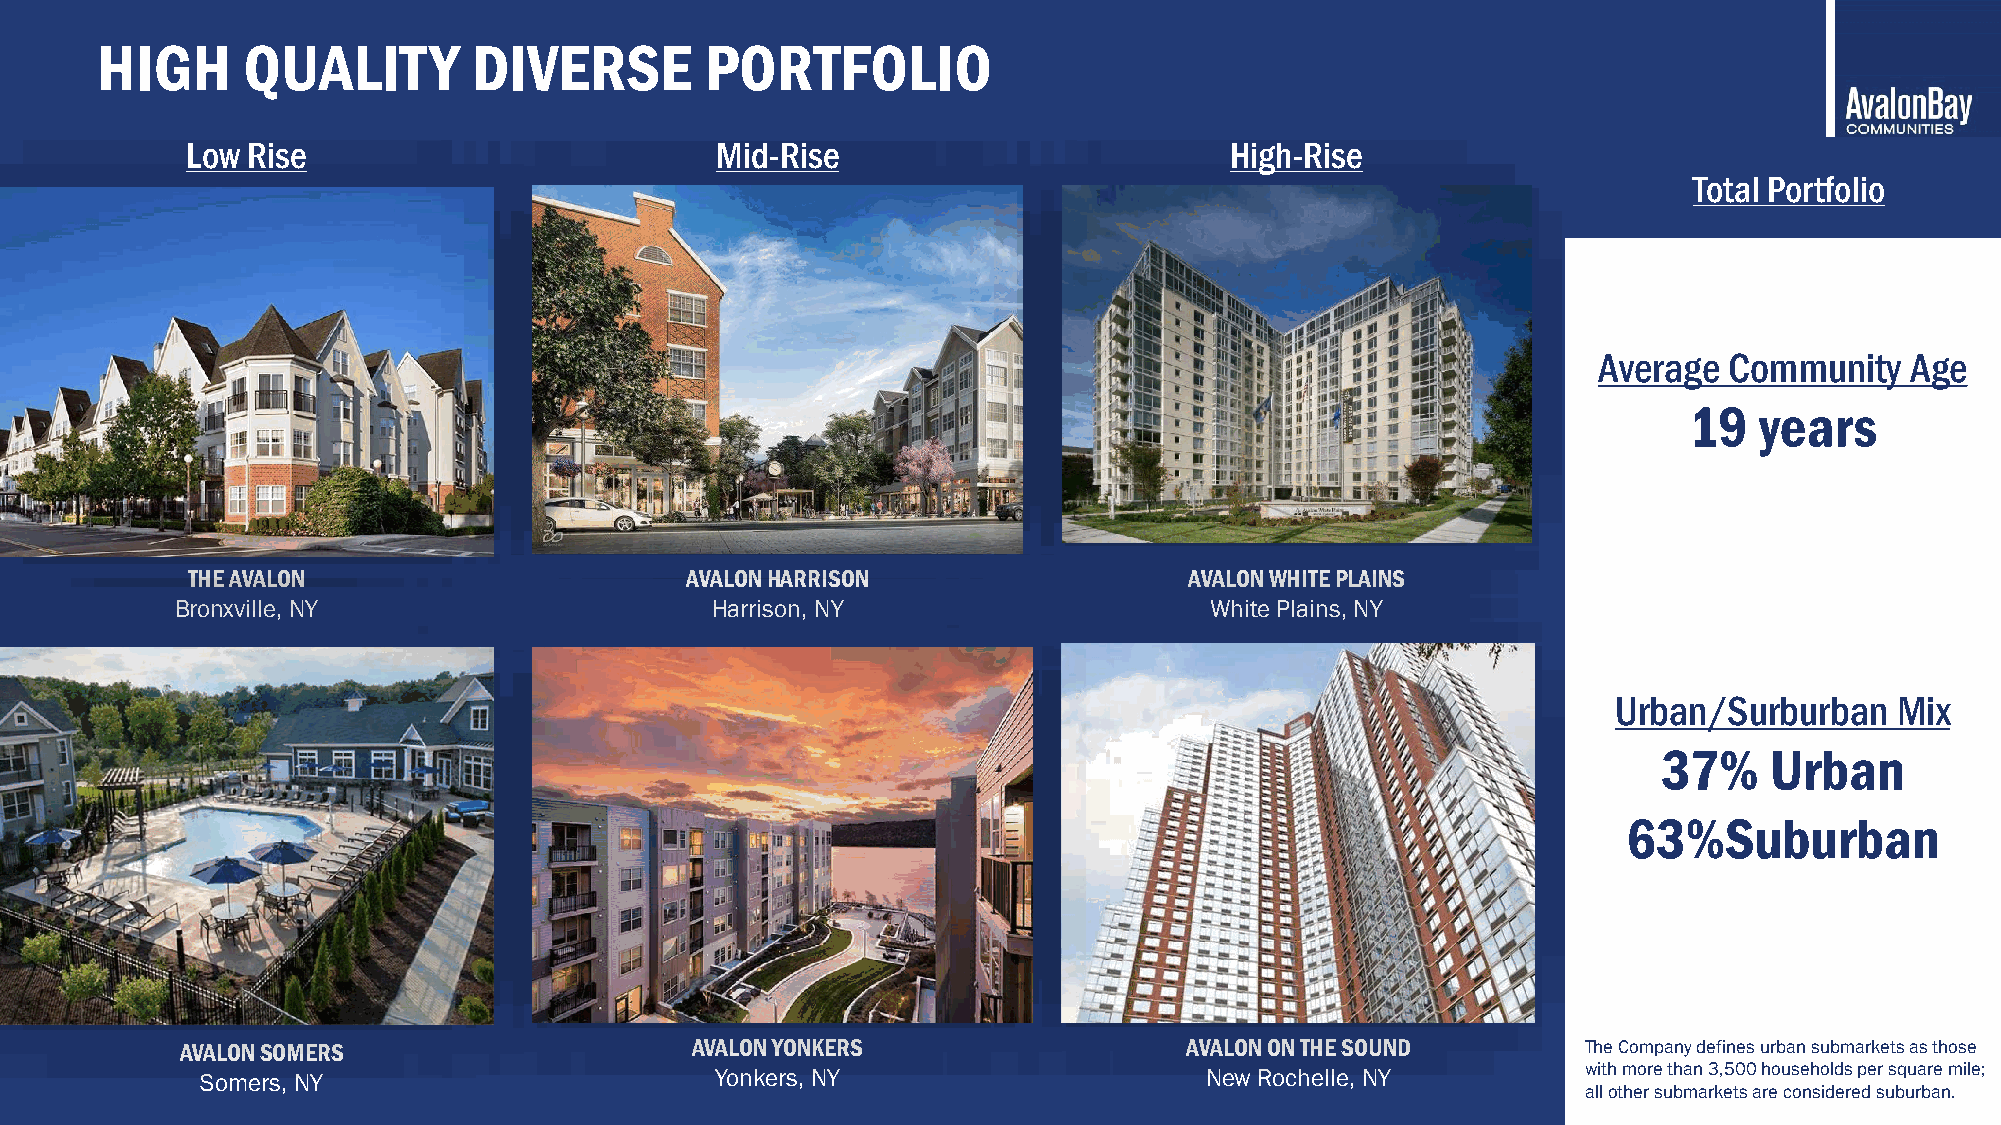
HIGH      QUALITY        DIVERSE         PORTFOLIO
 Low Rise                           Mid-Rise                          High-Rise
 Total Portfolio
 Average Community   Age
 19  years
 THE AVALON                       AVALONHARRISON                    AVALONWHITEPLAINS
 Bronxville, NY                     Harrison, NY                     White Plains, NY
 Urban/Surburban    Mix
 37%    Urban
 63%Suburban
 AVALONSOMERS                      AVALONYONKERS                    AVALONONTHESOUND          The Company defines urban submarkets as those
 with more than 3,500 households per square mile;
 Somers, NY                        Yonkers, NY                      New Rochelle, NY
 all other submarkets are considered suburban.